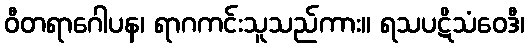
ဝီတရာဂေါပန၊ ရာဂကင်းသူသည်ကား။ ရသပဋိသံဝေဒီ၊